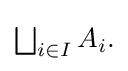
{\textstyle \bigsqcup _{i\in I}A_{i}.}